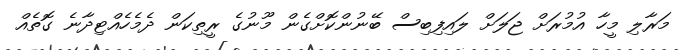
މަރާލި މީހާ އުމުރަށް ޖަލަށް ލައިފިބިސް ބޭނުންކޮށްގެން މޫނުގެ ރީތިކަން ދެމެހެއްޓިދާނެ ގޮތެއް